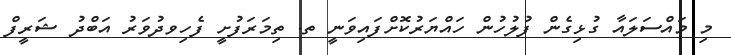
މި މައްސަލައާ ގުޅިގެން ފުލުހުން ހައްޔަރުކޮށްފައިވަނީ ތ. ތިމަރަފުށީ ފެހިވދުވަރު އަބްދު ޝަރީފް